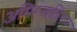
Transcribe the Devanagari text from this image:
अमिरतालिंगम